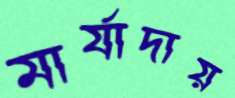
মার্যাদায়